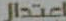
اعتدال